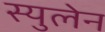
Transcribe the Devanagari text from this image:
स्युलेन